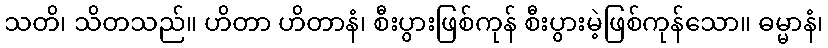
သတိ၊ သိတသည်။ ဟိတာ ဟိတာနံ၊ စီးပွားဖြစ်ကုန် စီးပွားမဲ့ဖြစ်ကုန်သော။ ဓမ္မာနံ၊